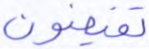
تفيضون